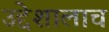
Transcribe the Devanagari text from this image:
उद्देशालाच